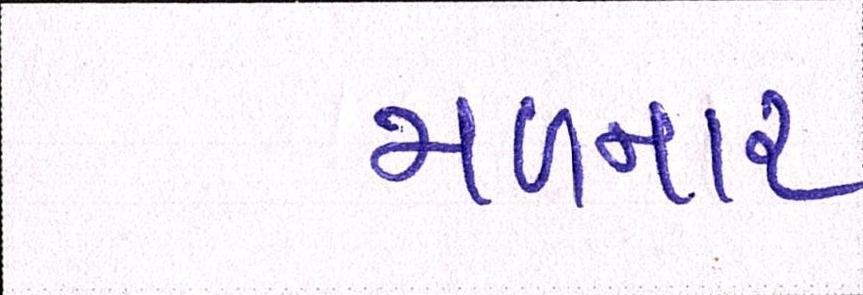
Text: મળનાર